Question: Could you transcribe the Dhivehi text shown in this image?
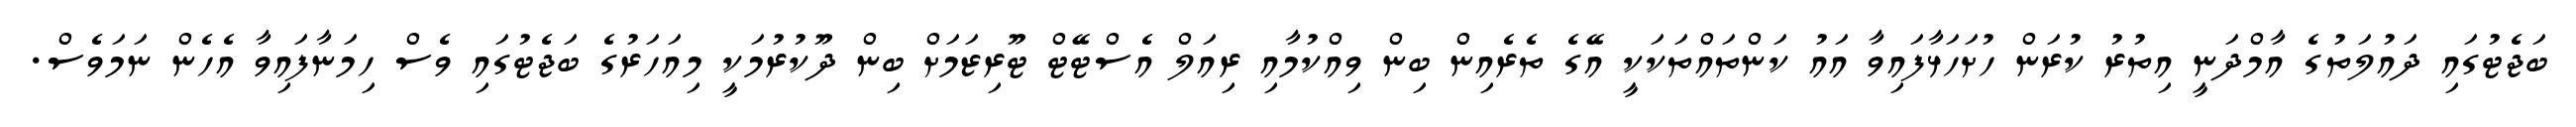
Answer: ބަޖެޓުގައި ދައުލަތުގެ އާމްދަނީ އިތުރު ކުރަން ހުށަހަޅާފައިވާ އައު ކަންތައްތަކަކީ އޭގެ ތެރެއިން ބިން ވިއްކުމާއި ރިއަލް އެސްޓޭޓް ޓޫރިޒަމަށް ބިން ދޫކުރުމަކީ މިއަހަރުގެ ބަޖެޓުގައި ވެސް ހިމަނާފައިވާ އެހެން ނަމަވެސް.